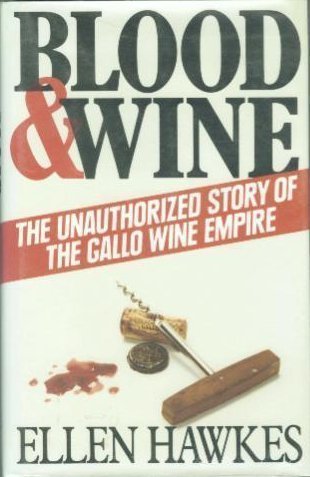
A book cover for Blood and Wine: Unauthorized Story of the Gallo Wine Empire; Ellen Hawkes; Business & Money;